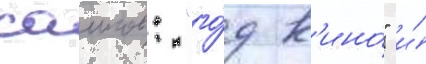
саитов: "го́д к'ино́" и́